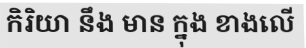
កិរិយា នឹង មាន ក្នុង ខាងលើ